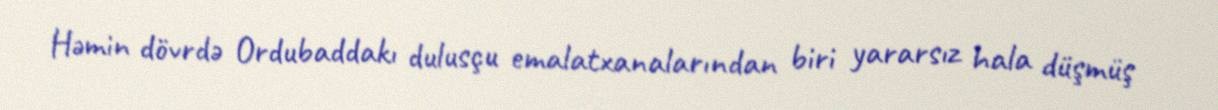
Həmin dövrdə Ordubaddakı dulusçu emalatxanalarından biri yararsız hala düşmüş